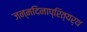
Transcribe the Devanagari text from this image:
जन्मदिनाप्रित्यर्थ